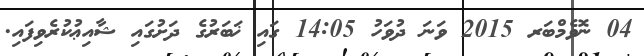
04 ނޮވެމްބަރ 2015 ވަނަ ދުވަހު 14:05 ގައި ޚަބަރުގެ ދަށުގައި ޝާއިޢުކުރެވިފައި.